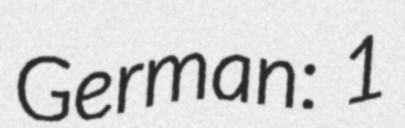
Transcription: German: 1